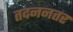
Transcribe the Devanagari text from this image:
तदननतर